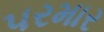
૫રમાર